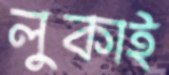
লুকাই